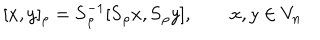
[ x , y ] _ { \rho } = \mathbf { S } _ { \rho } ^ { - 1 } [ \mathbf { S } _ { \rho } x , \mathbf { S } _ { \rho } y ] , \qquad x , y \in V _ { n }